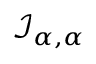
{ \mathcal { I } } _ { \alpha , \alpha }